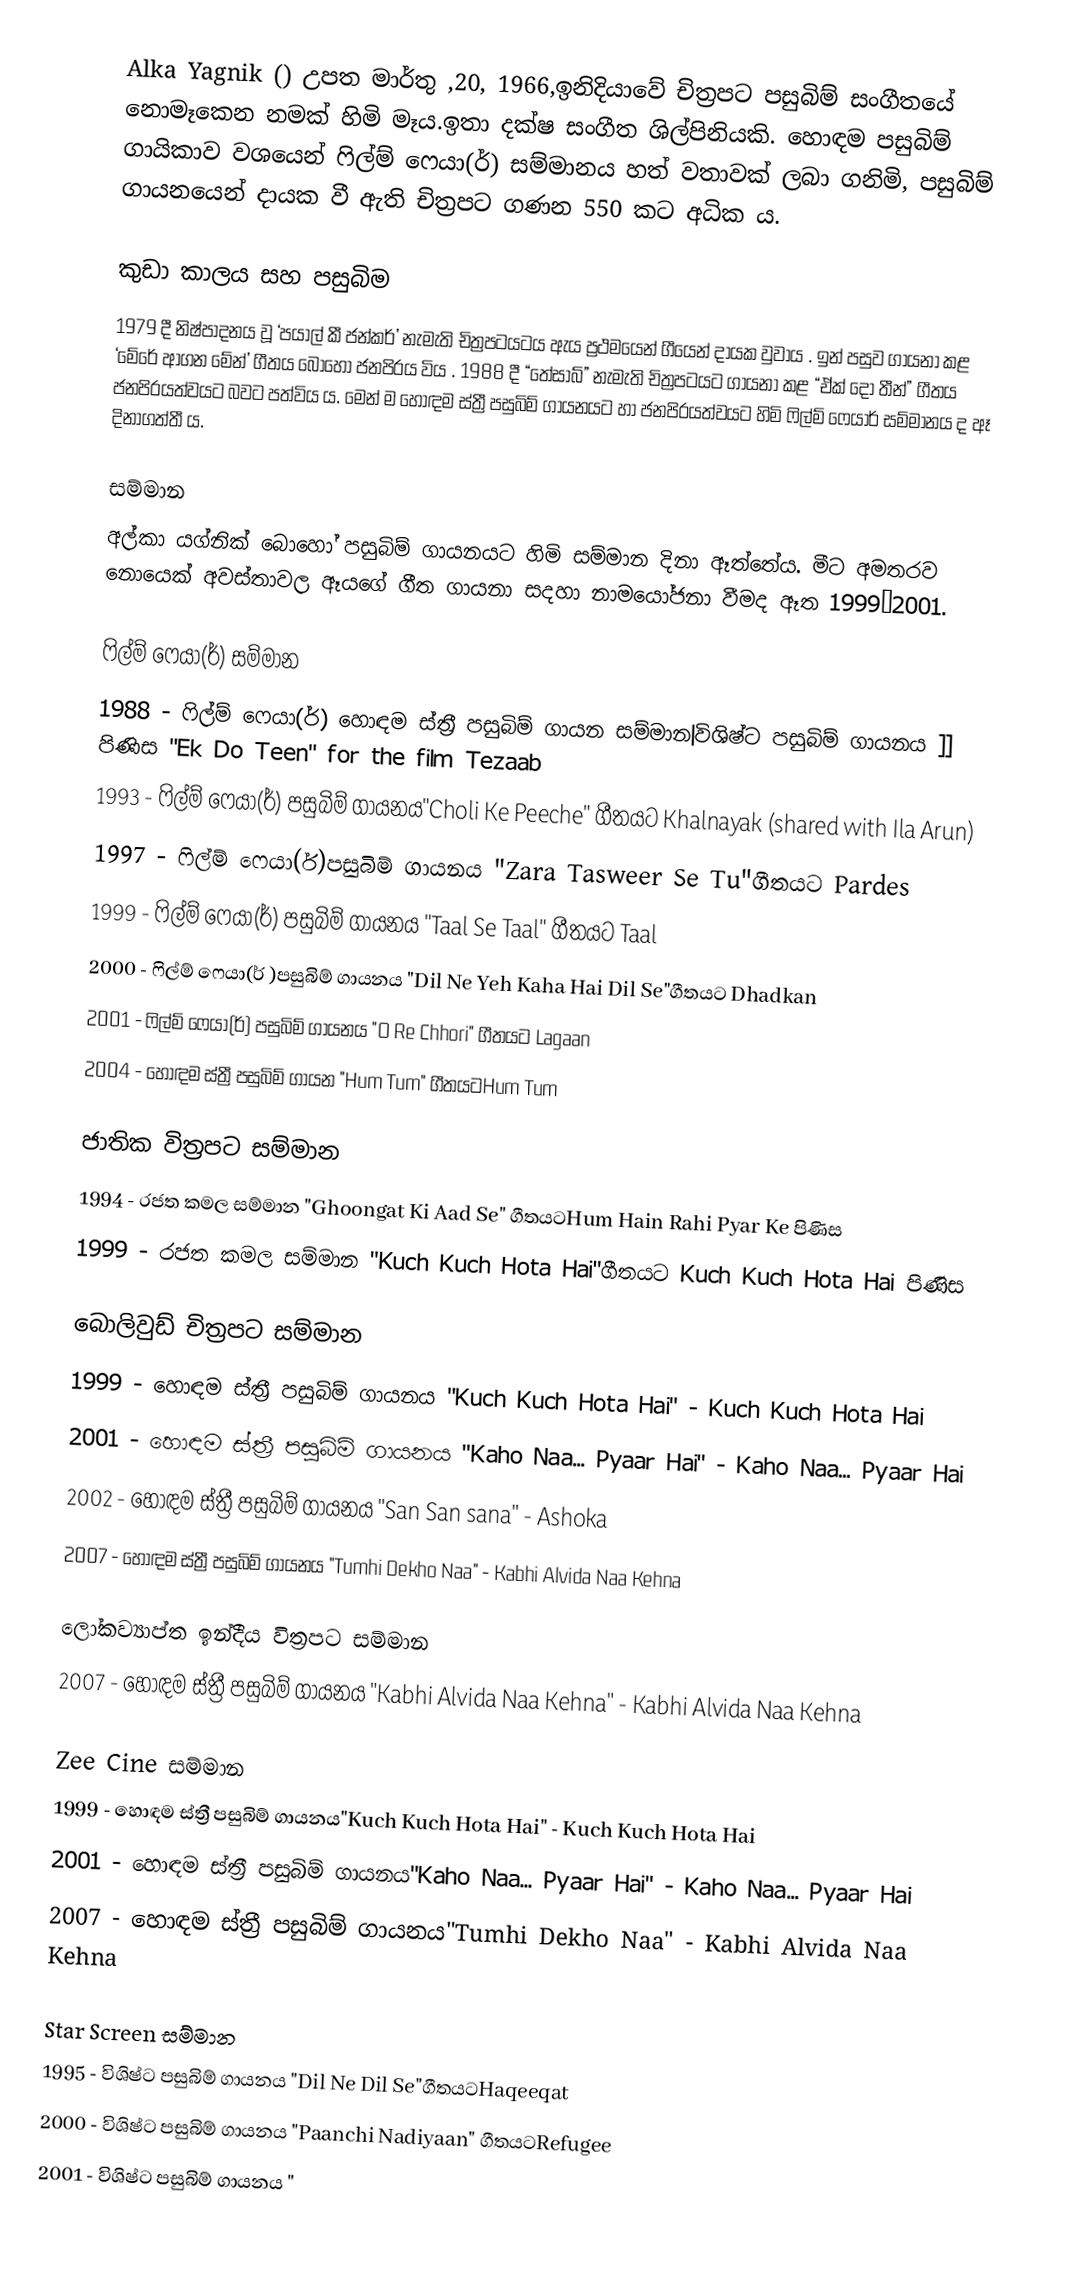
Alka Yagnik () උපත මාර්තු ,20, 1966,ඉනිදියාවේ චිත්‍රපට පසුබිම්  සංගීතයේ නොමෑකෙන නමක් හිමි මෑය.ඉතා දක්ෂ සංගීත ශිල්පිනියකි. හොඳම පසුබිම් ගායිකාව වශයෙන් ෆිල්ම් ෆෙයා(ර්) සම්මානය හත් වතාවක් ලබා ගනිමි, පසුබිම් ගායනයෙන් දායක වී ඇති චිත්‍රපට ගණන 550 කට අධික ය.

කුඩා කාලය සහ පසුබිම
1979 දී නිෂ්පාදනය වූ ‘පයාල් කී ජන්කර්’ නැමැති චිත්‍රපටයටය ඇය ප්‍රථමයෙන් ගීයෙන් දායක වුවාය . ඉන් පසුව ගායනා කළ ‘මේරේ ආගන මේන්’ ගීතය බොහෝ ජනපි‍්‍රය විය . 1988 දී “තේසාබ්” නැමැති චිත්‍රපටයට ගායනා කළ “ඒක් දෝ තීන්” ගීතය ජනපි‍්‍රයත්වයට බවට පත්විය ය. මෙන් ම හොඳම ස්ත්‍රී පසුබිම් ගායනයට හා ජනපි‍්‍රයත්වයට හිමි ෆිල්ම් ෆෙයාර් සම්මානය ද ඈ දිනාගත්තී ය.

සම්මාන
අල්කා යග්නික් බොහෝ පසුබිම් ගායනයට හිමි සම්මාන දිනා ඈත්තේය. මීට අමතරව නොයෙක් අවස්තාවල ඈයගේ ගීත ගායනා සදහා නාමයෝජනා වීමද ඈත 1999–2001.

ෆිල්ම් ෆෙයා(ර්) සම්මාන
 1988 - ෆිල්ම් ෆෙයා(ර්) හොඳම ස්ත්‍රී පසුබිම් ගායන සම්මාන|විශිෂ්ට පසුබිම් ගායනය ]] පිණිස "Ek Do Teen" for the film Tezaab
 1993 - ෆිල්ම් ෆෙයා(ර්)  පසුබිම් ගායනය"Choli Ke Peeche" ගීතයට  Khalnayak (shared with Ila Arun)
 1997 - ෆිල්ම් ෆෙයා(ර්)පසුබිම් ගායනය "Zara Tasweer Se Tu"ගීතයට Pardes
 1999 - ෆිල්ම් ෆෙයා(ර්) පසුබිම් ගායනය "Taal Se Taal" ගීතයට Taal
 2000 - ෆිල්ම් ෆෙයා(ර් )පසුබිම් ගායනය "Dil Ne Yeh Kaha Hai Dil Se"ගීතයට Dhadkan
 2001 - ෆිල්ම් ෆෙයා(ර්)  පසුබිම් ගායනය "O Re Chhori" ගීතයට Lagaan
 2004 - හොඳම ස්ත්‍රී පසුබිම් ගායන  "Hum Tum" ගීතයටHum Tum

ජාතික විත්‍රපට සම්මාන
 1994 - රජත කමල සම්මාන  "Ghoongat Ki Aad Se" ගීතයටHum Hain Rahi Pyar Ke පිණිස
 1999 - රජත කමල සම්මාන  "Kuch Kuch Hota Hai"ගීතයට Kuch Kuch Hota Hai පිණිස

බොලිවුඩ් චිත්‍රපට සම්මාන
 1999 - හොඳම ස්ත්‍රී පසුබිම් ගායනය  "Kuch Kuch Hota Hai" - Kuch Kuch Hota Hai
 2001 - හොඳම ස්ත්‍රී පසුබිම් ගායනය "Kaho Naa... Pyaar Hai" - Kaho Naa... Pyaar Hai
 2002 - හොඳම ස්ත්‍රී පසුබිම් ගායනය "San San sana" - Ashoka
 2007 - හොඳම ස්ත්‍රී පසුබිම් ගායනය "Tumhi Dekho Naa" - Kabhi Alvida Naa Kehna

ලෝකව්‍යාප්ත ඉන්දීය විත්‍රපට සම්මාන
 2007 - හොඳම ස්ත්‍රී පසුබිම් ගායනය "Kabhi Alvida Naa Kehna" - Kabhi Alvida Naa Kehna

Zee Cine සම්මාන
 1999 - හොඳම ස්ත්‍රී පසුබිම් ගායනය"Kuch Kuch Hota Hai" - Kuch Kuch Hota Hai
 2001 - හොඳම ස්ත්‍රී පසුබිම් ගායනය"Kaho Naa... Pyaar Hai" - Kaho Naa... Pyaar Hai
 2007 - හොඳම ස්ත්‍රී පසුබිම් ගායනය"Tumhi Dekho Naa" - Kabhi Alvida Naa Kehna

Star Screen සම්මාන
 1995 - විශිෂ්ට පසුබිම් ගායනය  "Dil Ne Dil Se"ගීතයටHaqeeqat
 2000 - විශිෂ්ට පසුබිම් ගායනය "Paanchi Nadiyaan" ගීතයටRefugee
 2001 - විශිෂ්ට පසුබිම් ගායනය "